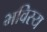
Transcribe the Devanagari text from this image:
भविस्य